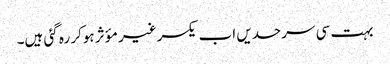
بہت سی سرحدیں اب یکسر غیر مؤثر ہوکر رہ گئی ہیں۔